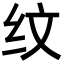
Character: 纹